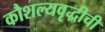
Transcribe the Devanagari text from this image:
कौशल्यवृद्धीची